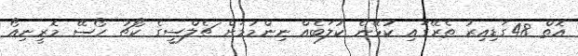
އޮތް 48ގަޑިއިރު ތެރޭގައި ކުޅޭނެ ކުލަބެއް ނިންމުމަށް ޗެލްސީގެ ކޯޗު ހޯސޭ މޮރީނިއޯ